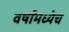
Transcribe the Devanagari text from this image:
वर्षामध्येच